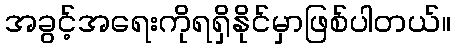
အခွင့်အရေးကိုရရှိနိုင်မှာဖြစ်ပါတယ်။